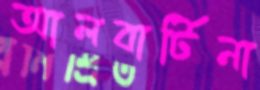
আলবার্টিনা